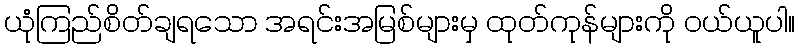
ယုံကြည်စိတ်ချရသော အရင်းအမြစ်များမှ ထုတ်ကုန်များကို ဝယ်ယူပါ။